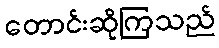
တောင်းဆိုကြသည်